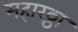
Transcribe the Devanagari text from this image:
महारठ्ठा